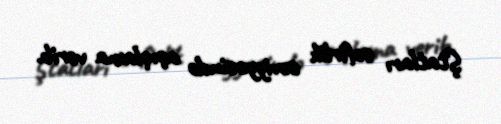
Ştatları səfirlik səviyyəsində açıqlama verib.